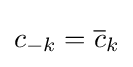
c_{-k}={\overline {c}}_{k}